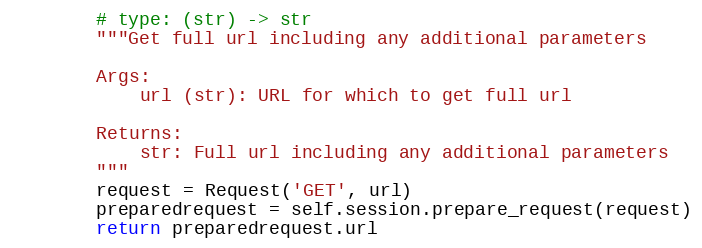
Language: Python
        # type: (str) -> str
        """Get full url including any additional parameters

        Args:
            url (str): URL for which to get full url

        Returns:
            str: Full url including any additional parameters
        """
        request = Request('GET', url)
        preparedrequest = self.session.prepare_request(request)
        return preparedrequest.url